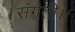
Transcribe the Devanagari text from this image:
संगती।।